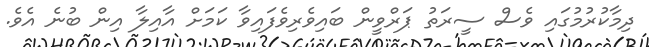
ދިމާކުރުމުގައި ވެސް ސީރަތު ޕަރްވީން ބައިވެރިވެފައިވާ ކަމަށް އާއިލާ އިން ބުނެ އެވެ.